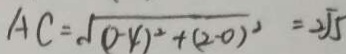
A C = \sqrt { ( 0 - 4 ) ^ { 2 } + ( 2 - 0 ) ^ { 2 } } = 2 \sqrt { 5 }